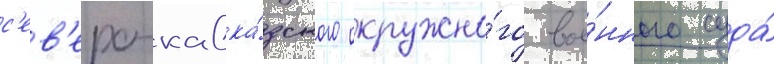
с'ев'еро-кавка́зского окружно́го вое́нного суда́